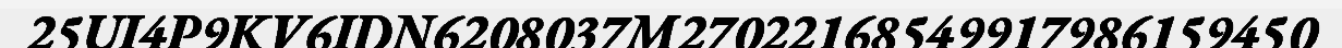
25UI4P9KV6IDN6208037M27022168549917986159450